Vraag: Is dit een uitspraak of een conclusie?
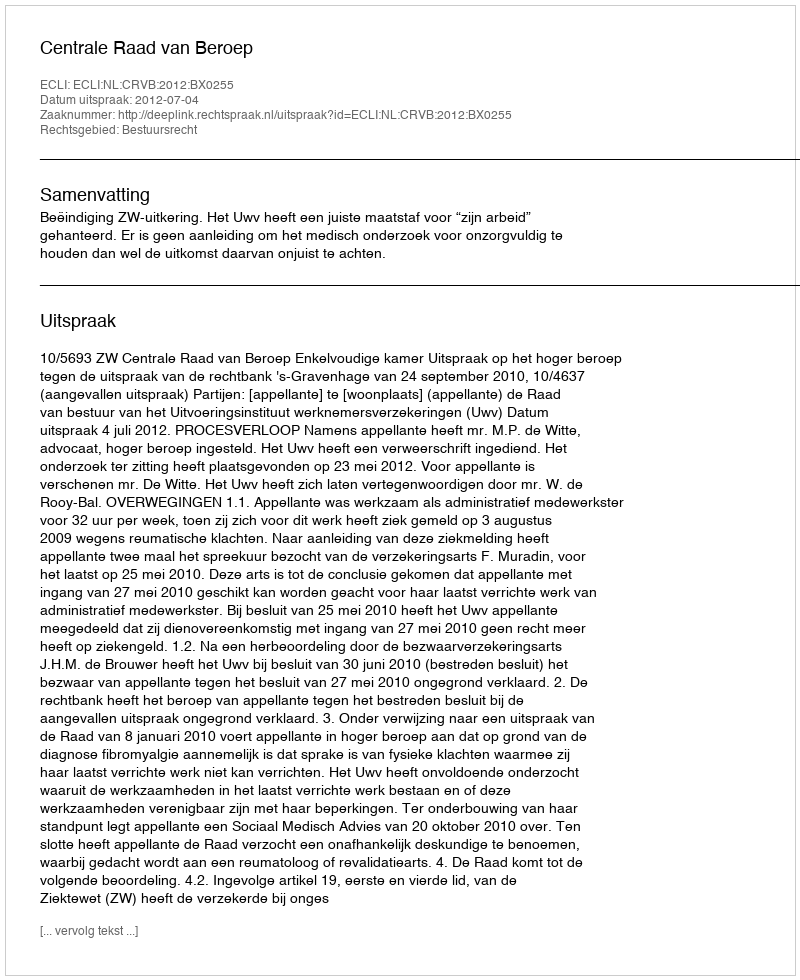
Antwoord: Uitspraak